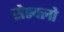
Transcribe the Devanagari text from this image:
सेस्क्लो